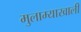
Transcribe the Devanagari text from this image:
मुलाम्याखाली